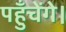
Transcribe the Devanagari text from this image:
पहुँचेंगे।